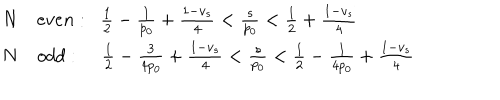
\begin{array} { r l } { { N } } & { { e v e n : \; \; \frac { 1 } { 2 } - \frac { 1 } { p _ { 0 } } + \frac { 1 - v _ { s } } { 4 } < \frac { s } { p _ { 0 } } < \frac { 1 } { 2 } + \frac { 1 - v _ { s } } { 4 } } } \\ { { N } } & { { o d d : \; \frac { 1 } { 2 } - \frac { 3 } { 4 p _ { 0 } } + \frac { 1 - v _ { s } } { 4 } < \frac { s } { p _ { 0 } } < \frac { 1 } { 2 } - \frac { 1 } { 4 p _ { 0 } } + \frac { 1 - v _ { s } } { 4 } } } \\ \end{array}